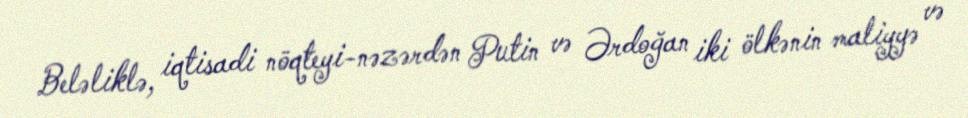
Beləliklə, iqtisadi nöqteyi-nəzərdən Putin və Ərdoğan iki ölkənin maliyyə və